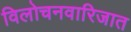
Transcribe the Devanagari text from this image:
विलोचनवारिजात